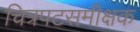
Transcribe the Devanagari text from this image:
चित्रपटसमीक्षक